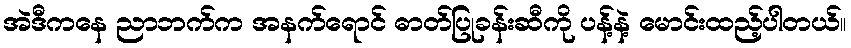
အဲဒီကနေ ညာဘက်က အနက်ရောင် ဓာတ်ပြုခန်းဆီကို ပန့်နဲ့ မောင်းထည့်ပါတယ်။